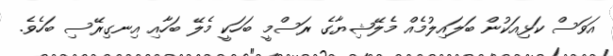
އަވަސް ކަޅިއަކުން ބަލައިލުމެއް މެލޭޝިޔާގެ ރަސްމީ ބަހަކީ މެލޭ ބަހާއި އިނގިރޭސި ބަހެވެ.